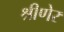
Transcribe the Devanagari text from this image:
श्रीणेर